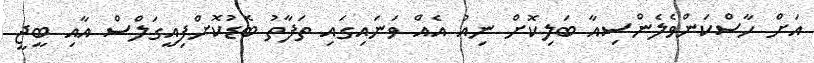
އަށް ހާސްކަންވެލެންސިއާ ބަލިކޮށް ނިއު އެއް ވަނައިގައި ތަފާތު ބޮޑުކޮށްފިއީގަލްސް އާއި ބީޖީ